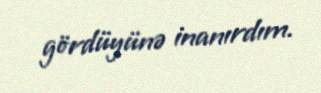
gördüyünə inanırdım.